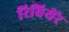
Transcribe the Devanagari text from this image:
रिवियेरे